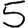
Digit: 5